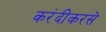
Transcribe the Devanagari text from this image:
करंदीकरसे